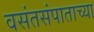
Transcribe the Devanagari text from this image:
वसंतसंपाताच्या